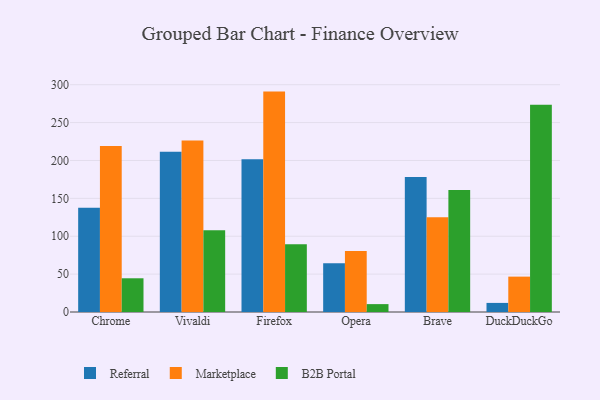
{"axis": {"x": "Browser", "y": "Budget (USD K)"}, "legend": ["B2B Portal", "Marketplace", "Referral"], "data": [{"x": "Chrome", "y": 137.7, "type": "Referral"}, {"x": "Chrome", "y": 219.1, "type": "Marketplace"}, {"x": "Chrome", "y": 44.5, "type": "B2B Portal"}, {"x": "Vivaldi", "y": 211.6, "type": "Referral"}, {"x": "Vivaldi", "y": 226.4, "type": "Marketplace"}, {"x": "Vivaldi", "y": 107.9, "type": "B2B Portal"}, {"x": "Firefox", "y": 201.6, "type": "Referral"}, {"x": "Firefox", "y": 290.9, "type": "Marketplace"}, {"x": "Firefox", "y": 89.4, "type": "B2B Portal"}, {"x": "Opera", "y": 64.4, "type": "Referral"}, {"x": "Opera", "y": 80.4, "type": "Marketplace"}, {"x": "Opera", "y": 10.4, "type": "B2B Portal"}, {"x": "Brave", "y": 178.2, "type": "Referral"}, {"x": "Brave", "y": 125.1, "type": "Marketplace"}, {"x": "Brave", "y": 160.9, "type": "B2B Portal"}, {"x": "DuckDuckGo", "y": 12.0, "type": "Referral"}, {"x": "DuckDuckGo", "y": 46.7, "type": "Marketplace"}, {"x": "DuckDuckGo", "y": 273.4, "type": "B2B Portal"}]}